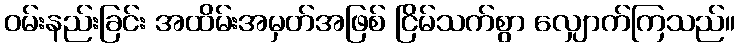
ဝမ်းနည်းခြင်း အထိမ်းအမှတ်အဖြစ် ငြိမ်သက်စွာ လျှောက်ကြသည်။